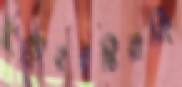
দুটোরইস্টিয়ারিং